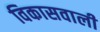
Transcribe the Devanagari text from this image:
विकासवाली